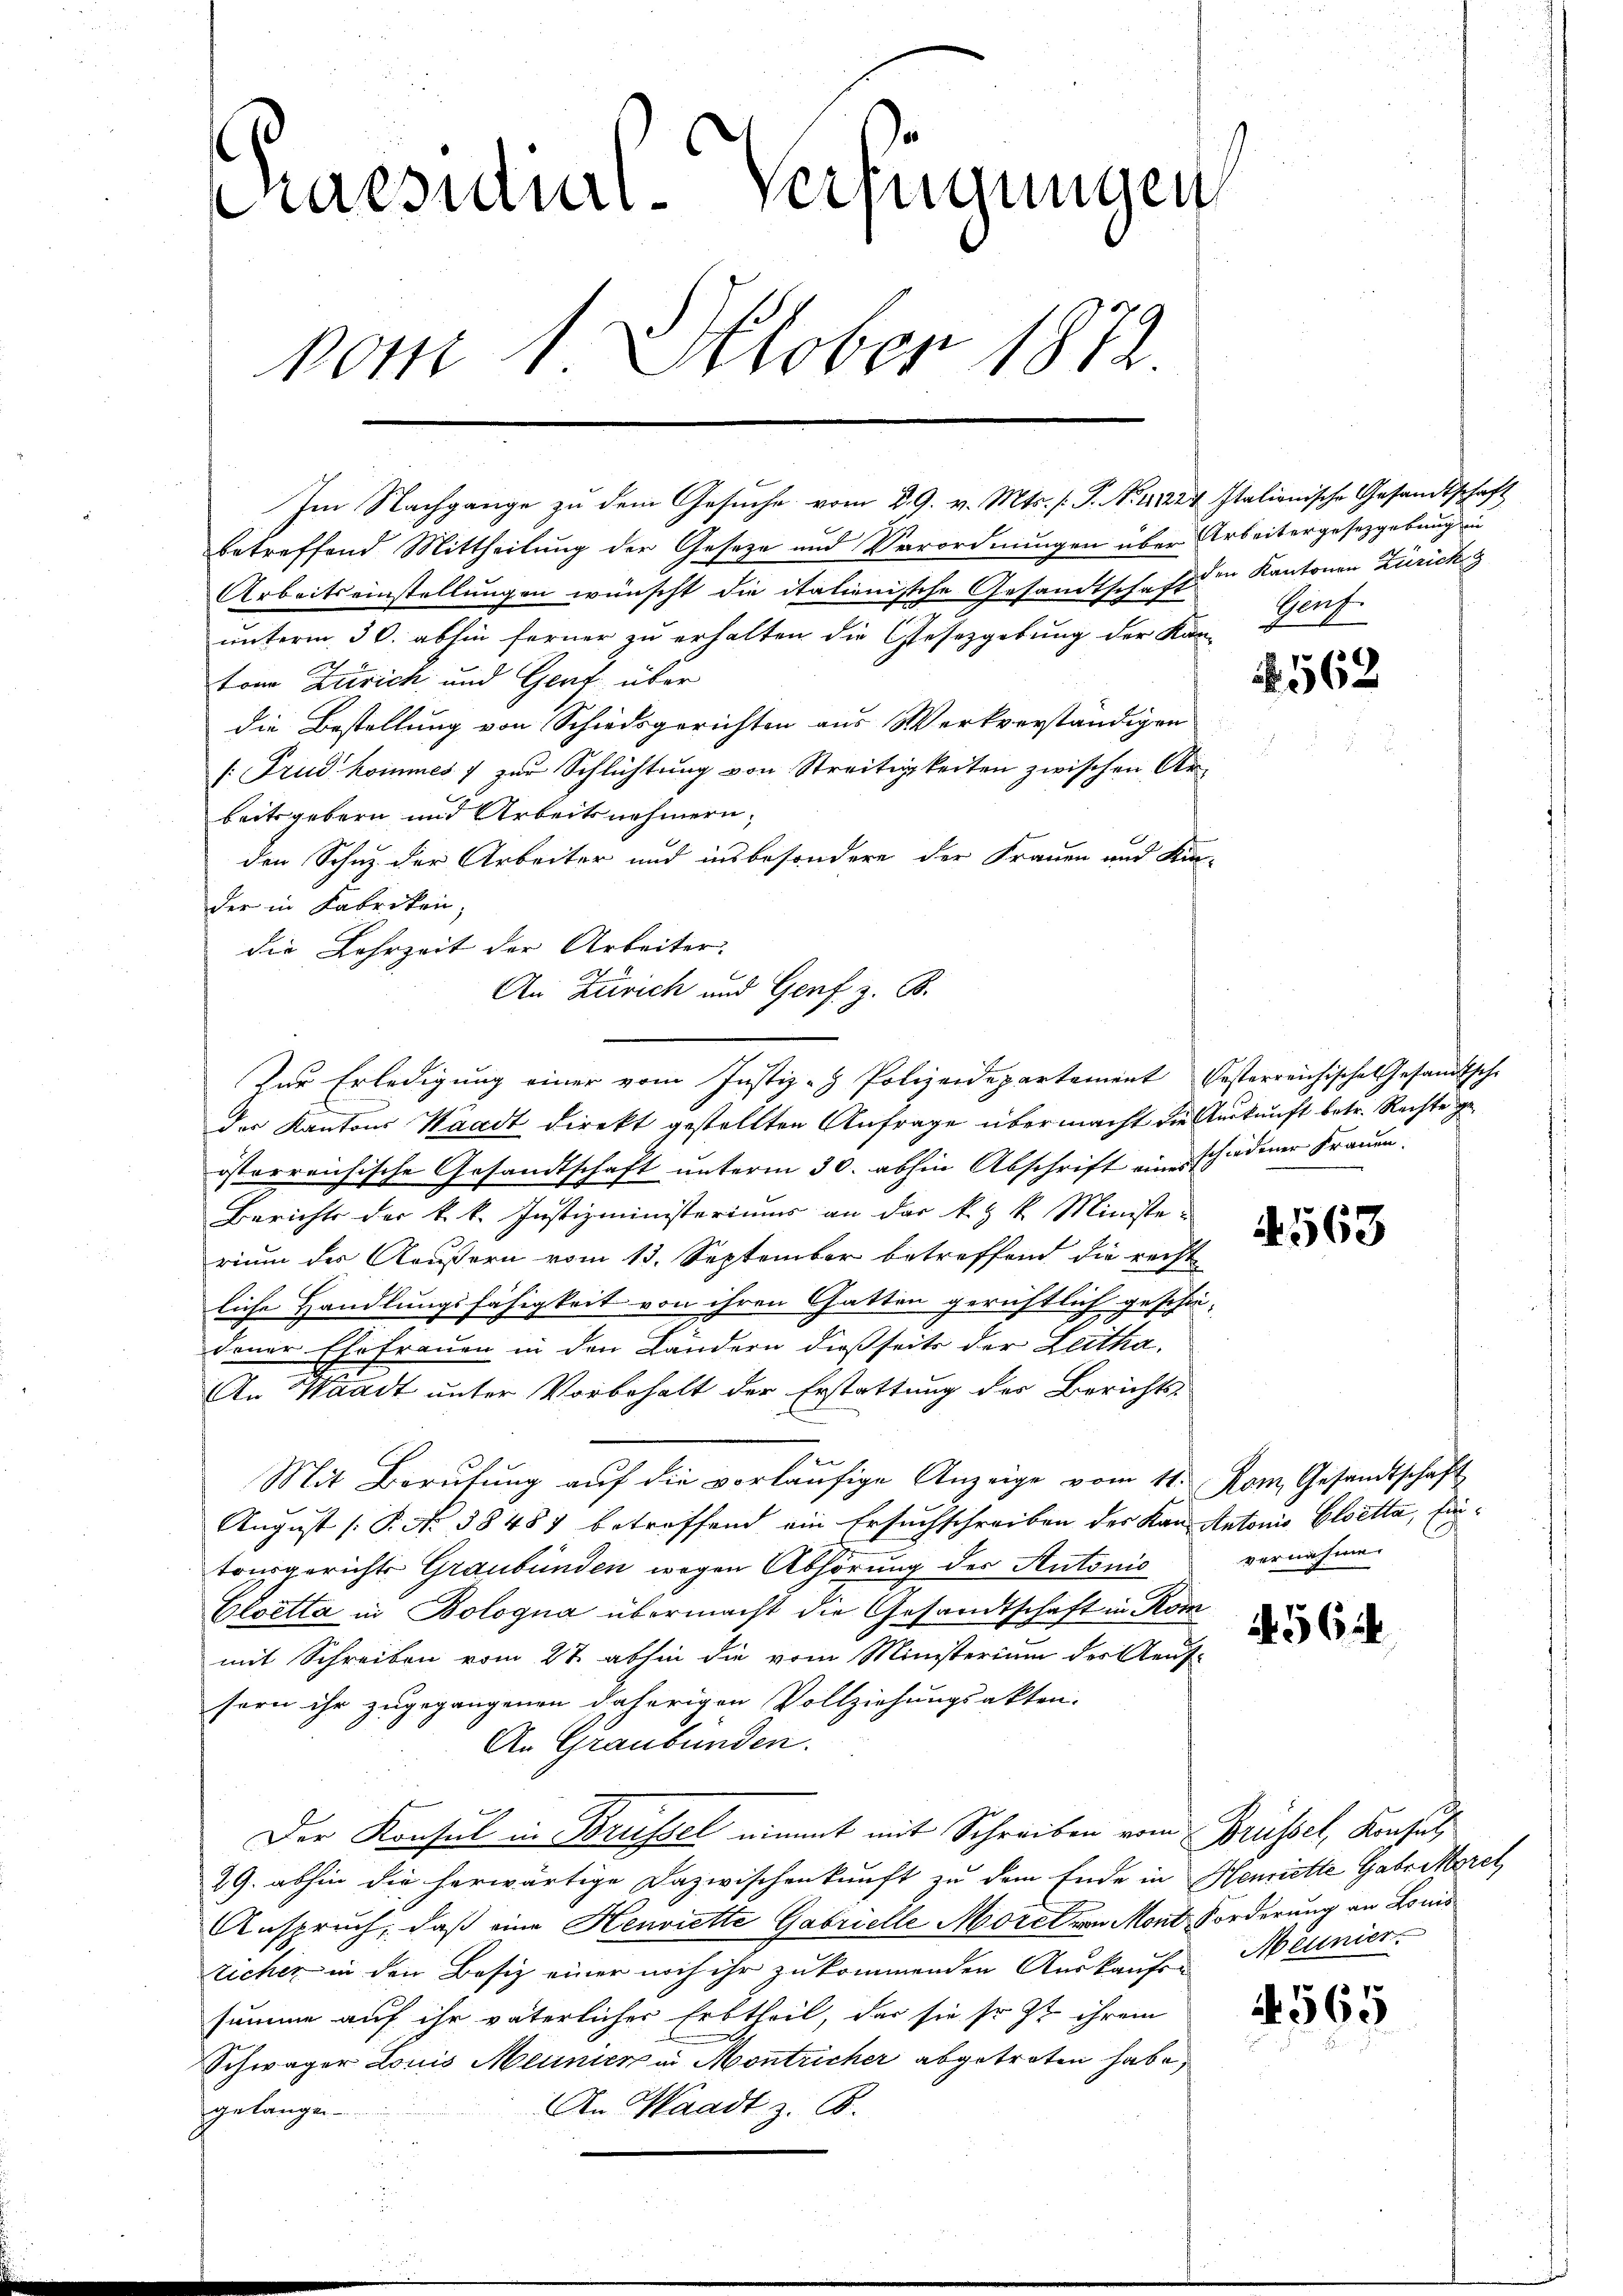
aes-Verfügungen
Pos 1. October 1882

betreffend Mittheilung der Geseze und Verordnungen über Arbeitergesetzgebung in
Arbeitseinstellungen wünscht die italienische Gesandtschaft in Kantonen Zürich
unterm 30. abhin ferner zu erhalten die Gesetzgebung der Kan-
ton Zürich und Genf über
die Bestellung von Schiedsgerichten aus Werkverständigen
[Frud kommes 7 zur Schlichtung von Streitigkeiten zwischen Arbeitsgebern und Arbeitsnehmern,
den Schuz der Arbeiter und insbesondere der Frauen und Kin-
der in Fabriken,
die Lehrzeit der Arbeiter.
der Kantons Waadt direkt gestellten Anfrage übermacht die Auskunft betr. Rechte geösterreichische Gesandtschaft unterm 30. abhin Abschrift einerschiedener Frauen.
Berichts der k. k. Justizministeriums an das k. k. Ministe-
rium der Aeußern vom 13. September betreffend die recht
liche Handlungsfähigkeit von ihren Gatten gerichtlich geschie
dener Ehefrauen in den Ländern dießseits der Leitha¬
An Waadt unter Vorbehalt der Erstattung der Berichts-
In
Mit Berufung aŭf die vorläŭfige Anzeige vom 11. Rom Gesandtschaft
August [P. Nr. 58487 betreffend ein Ersuchschreiben der Kan Antonis, Cloetta, fintonsgerichts Graubünden wegen Abhörung des Autonis
Cloetta in Bologna übermacht die Gesandtschaft in Kor
mit Schreiben vom 27. abhin die vom Ministerium der Aeuf-
sern ihr zugegangenen daherigen Vollziehungsakten.
An Graubünden.
Der Konsul in Brüssel nimmt mit Schreiben vom Brüssel, Konsul
29. abhin die herwärtige Dazwischenkunft zu dem Ende in Henriette Gabr Morel
Anspruch, daß eine Henriette Gabrielle Morel von Mond Forderung an Louis
zicher in den Besiz einer noch ihr zu kommenden Auskaufen
summe auf ihr väterlicher Erbtheil, das sie so st ihrem
Schwäger Louis Meunier in Montricher abgetreten habe,
An Waadt z. B.
gelangt

Im Nachgange zu dem Gesuche vom 29. v. Mts. f. P. Nr. 11224 stationische Gesandtschaft

An Zürich und Genf z. B.
Zur Erledigung einer vom Justiz - Polizeidepartement Oesterreichische Gesandtsche

Gauf.

N 562

563

vernahme.

a. 562

4565

Meunier